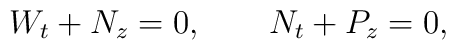
W_t+N_z=0, \qquad N_t+P_z=0,